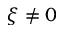
\xi \neq 0